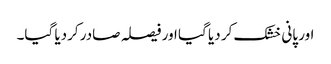
اور پانی خشک کر دیا گیا اور فیصلہ صادر کردیا گیا۔